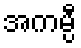
အကမ္ပီ